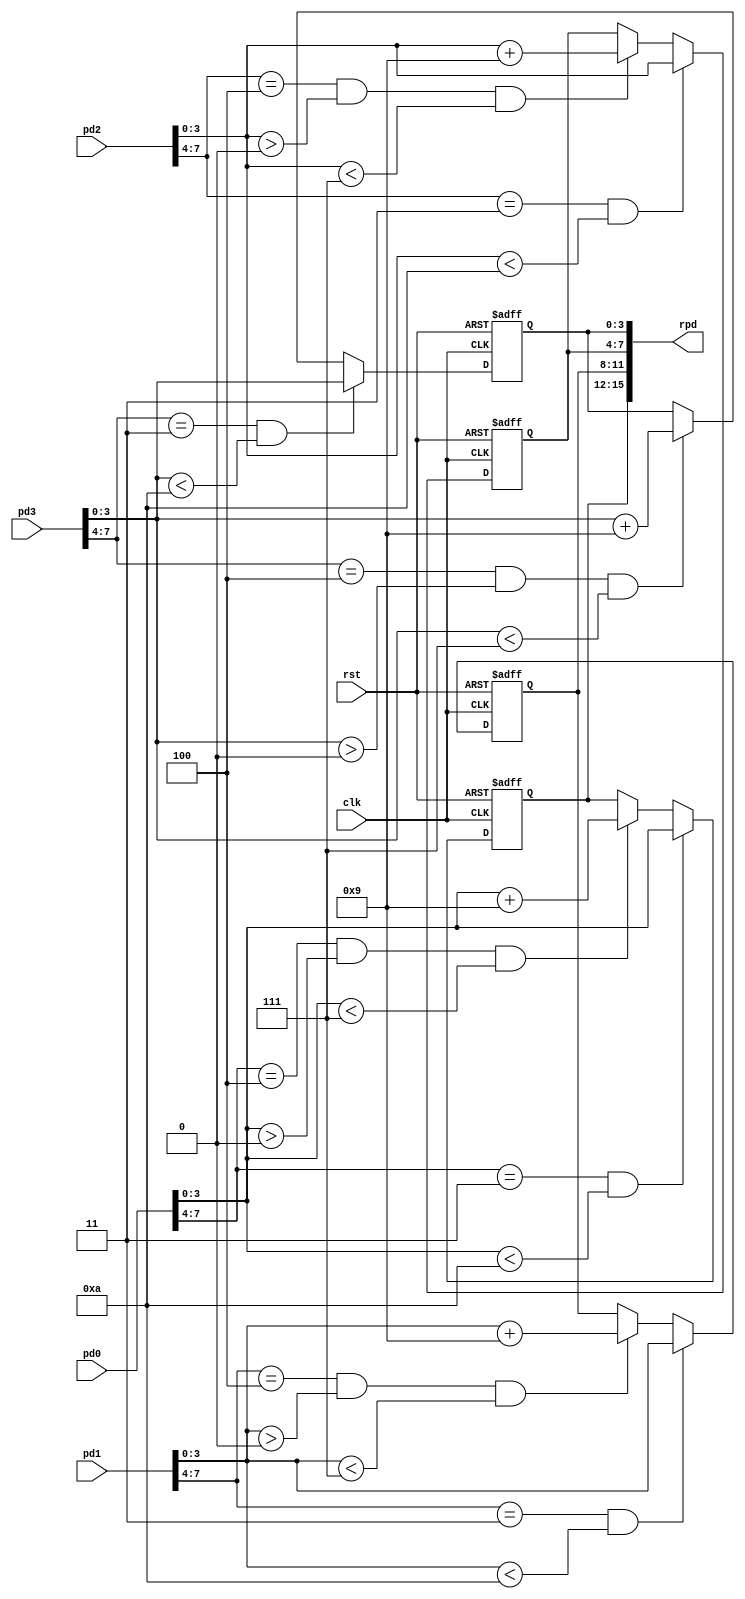
module ascii2hex
(
    input 	rst, // rst. High Active Reset
    input 	clk,  // 100MHz Clock Input
    input 	[7:0] pd0,pd1,pd2,pd3,
    //
    output 	[15:0] rpd
);

reg [3:0] nb0,nb1,nb2,nb3;

assign rpd = {nb0,nb1,nb2,nb3};

always@(negedge rst, posedge clk)
begin
	if (rst == 0)    
		begin
			nb0 <= 0;	nb1 <= 0;	nb2 <= 0;	nb3 <= 0;
		end
	else
		begin
			if ((pd0[7:4] == 3) & (pd0[3:0] < 10))
				nb0 <= pd0[3:0];
			else if ((pd0[7:4] == 4) & (pd0[3:0] > 0) & (pd0[3:0] < 7))
				nb0 <= pd0[3:0] + 9;
					
			if ((pd1[7:4] == 3) & (pd1[3:0] < 10))
				nb1 <= pd1[3:0];
			else if ((pd1[7:4] == 4) & (pd1[3:0] > 0) & (pd1[3:0] < 7))
				nb1 <= pd1[3:0] + 9;
			
			if ((pd2[7:4] == 3) & (pd2[3:0] < 10))
				nb2 <= pd2[3:0];
			else if ((pd2[7:4] == 4) & (pd2[3:0] > 0) & (pd2[3:0] < 7))
				nb2 <= pd2[3:0] + 9;
				
			if ((pd3[7:4] == 3) & (pd3[3:0] < 10))
				nb3 <= pd3[3:0];
			else if ((pd3[7:4] == 4) & (pd3[3:0] > 0) & (pd3[3:0] < 7))
				nb3 <= pd3[3:0] + 9;
				
		end
end

endmodule